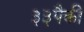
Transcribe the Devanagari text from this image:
३३पैकी